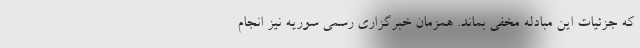
که جزئیات این مبادله مخفی بماند. همزمان خبرگزاری رسمی سوریه نیز انجام